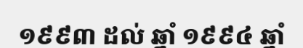
១៩៩៣ ដល់ ឆ្នាំ ១៩៩៤ ឆ្នាំ